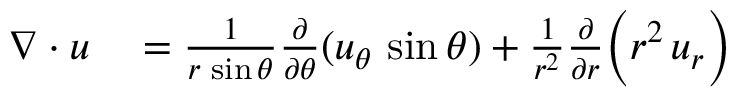
\begin{array} { r l } { \nabla \cdot { \boldsymbol { u } } } & { { } = { \frac { 1 } { r \, \sin \theta } } { \frac { \partial } { \partial \theta } } ( u _ { \theta } \, \sin \theta ) + { \frac { 1 } { r ^ { 2 } } } { \frac { \partial } { \partial r } } { \Bigl ( } r ^ { 2 } \, u _ { r } { \Bigr ) } } \end{array}